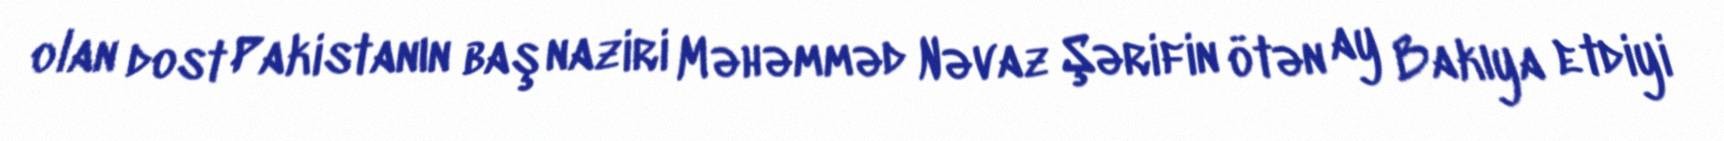
olan dost Pakistanın baş naziri Məhəmməd Nəvaz Şərifin ötən ay Bakıya etdiyi